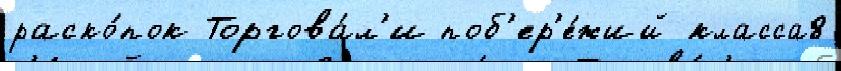
раско́пок Торгова́л'и поб'ер'е́жий класса8